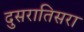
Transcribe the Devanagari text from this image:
दुसरातिसरा